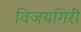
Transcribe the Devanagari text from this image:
विजयगिरी